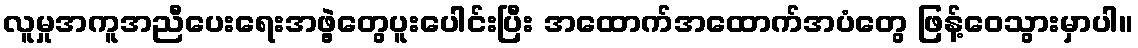
လူမှုအကူအညီပေးရေးအဖွဲ့တွေပူးပေါင်းပြီး အထောက်အထောက်အပံတွေ ဖြန့်ဝေသွားမှာပါ။